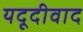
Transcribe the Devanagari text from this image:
यदूदीवाद